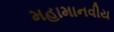
મહામાનવીય